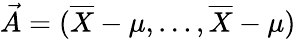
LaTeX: {\vec{A}}=({\overline{{X}}}-\mu,\ldots,{\overline{{X}}}-\mu)